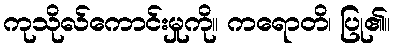
ကုသိုလ်ကောင်းမှုကို။ ကရောတိ၊ ပြု၏။